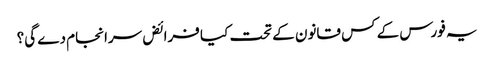
یہ فورس کے کس قانون کے تحت کیا فرائض سرانجام دے گی؟